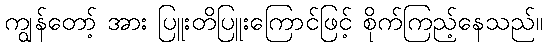
ကျွန်တော့် အား ပြူးတိပြူးကြောင်ဖြင့် စိုက်ကြည့်နေသည်။